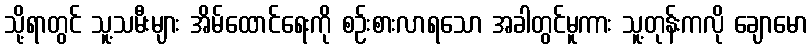
သို့ရာတွင် သူ့သမီးများ အိမ်ထောင်ရေးကို စဉ်းစားလာရသော အခါတွင်မူကား သူ့တုန်းကလို ချောမော